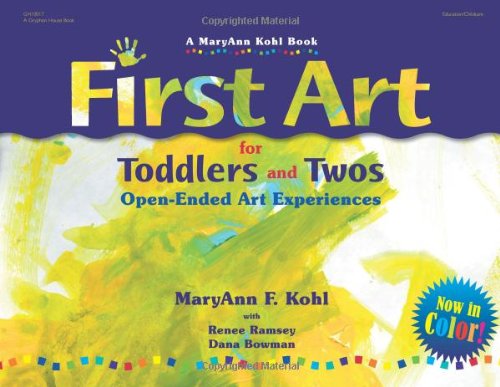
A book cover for First Art for Toddlers and Twos: Open-Ended Art Experiences; MaryAnn F. Kohl; Crafts, Hobbies & Home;